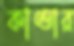
কাণ্ডার